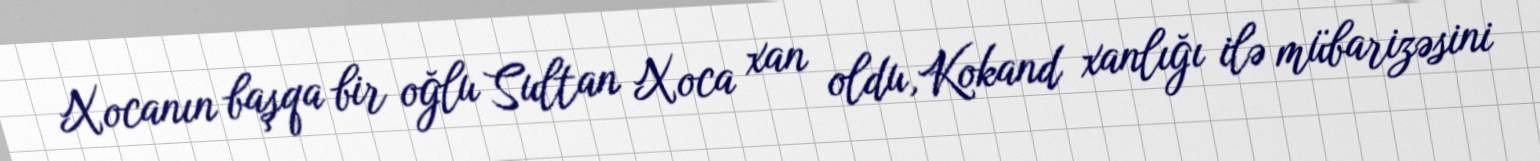
Xocanın başqa bir oğlu Sultan Xoca xan oldu,Kokand xanlığı ilə mübarizəsini